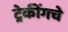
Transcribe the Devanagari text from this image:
ट्रेकींगचे